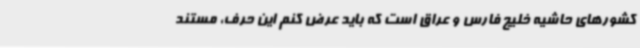
کشورهای حاشیه خلیج فارس و عراق است که باید عرض کنم این حرف، مستند